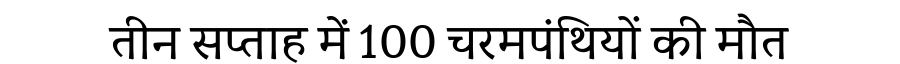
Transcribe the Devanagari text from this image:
तीन सप्ताह में 100 चरमपंथियों की मौत